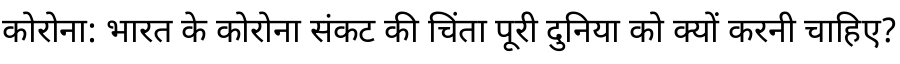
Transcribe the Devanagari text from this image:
कोरोना: भारत के कोरोना संकट की चिंता पूरी दुनिया को क्यों करनी चाहिए?